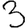
Digit: 3